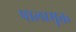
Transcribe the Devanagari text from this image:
पालामुक्त